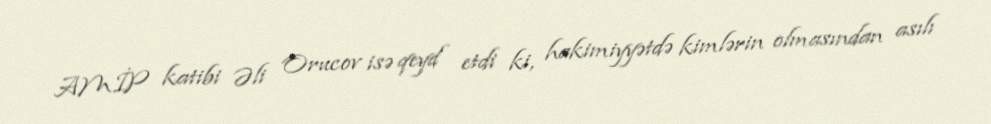
AMİP katibi Əli Orucov isə qeyd etdi ki, hakimiyyətdə kimlərin olmasından asılı